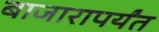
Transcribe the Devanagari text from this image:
बाजारापर्यंत